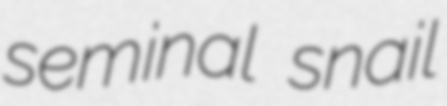
seminal snail